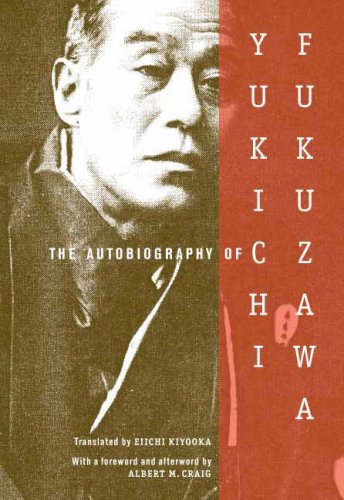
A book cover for The Autobiography of Yukichi Fukuzawa; Yukichi Fukuzawa; Biographies & Memoirs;